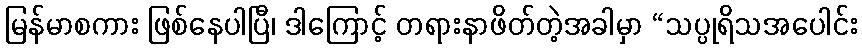
မြန်မာစကား ဖြစ်နေပါပြီ၊ ဒါကြောင့် တရားနာဖိတ်တဲ့အခါမှာ “သပ္ပုရိသအပေါင်း